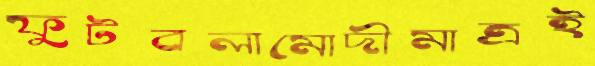
ফুটবলামোদীমাত্রই